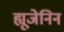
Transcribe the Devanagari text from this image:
ह्यूजेनिन